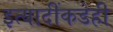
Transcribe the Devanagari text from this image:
इत्यादींकडेही